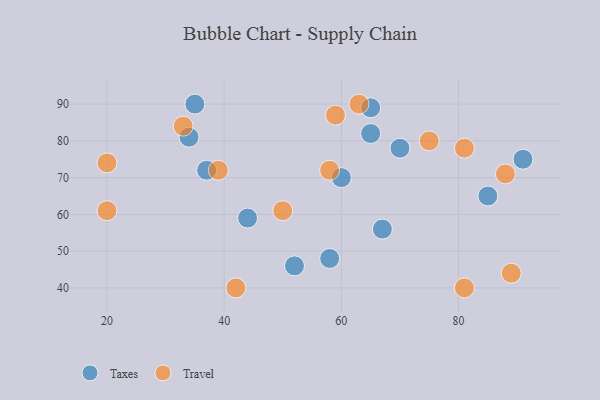
{"axis": {"x": "GDP", "y": "Life Expectancy"}, "legend": ["Taxes", "Travel"], "data": [{"x": "91", "y": 75, "type": "Taxes"}, {"x": "60", "y": 70, "type": "Taxes"}, {"x": "65", "y": 82, "type": "Taxes"}, {"x": "85", "y": 65, "type": "Taxes"}, {"x": "52", "y": 46, "type": "Taxes"}, {"x": "58", "y": 48, "type": "Taxes"}, {"x": "37", "y": 72, "type": "Taxes"}, {"x": "65", "y": 89, "type": "Taxes"}, {"x": "44", "y": 59, "type": "Taxes"}, {"x": "67", "y": 56, "type": "Taxes"}, {"x": "35", "y": 90, "type": "Taxes"}, {"x": "70", "y": 78, "type": "Taxes"}, {"x": "34", "y": 81, "type": "Taxes"}, {"x": "75", "y": 80, "type": "Travel"}, {"x": "59", "y": 87, "type": "Travel"}, {"x": "20", "y": 61, "type": "Travel"}, {"x": "50", "y": 61, "type": "Travel"}, {"x": "63", "y": 90, "type": "Travel"}, {"x": "20", "y": 74, "type": "Travel"}, {"x": "33", "y": 84, "type": "Travel"}, {"x": "81", "y": 78, "type": "Travel"}, {"x": "42", "y": 40, "type": "Travel"}, {"x": "58", "y": 72, "type": "Travel"}, {"x": "88", "y": 71, "type": "Travel"}, {"x": "89", "y": 44, "type": "Travel"}, {"x": "39", "y": 72, "type": "Travel"}, {"x": "81", "y": 40, "type": "Travel"}]}